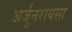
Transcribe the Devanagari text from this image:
अर्जुनरायसा